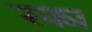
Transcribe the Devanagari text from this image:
रक्म